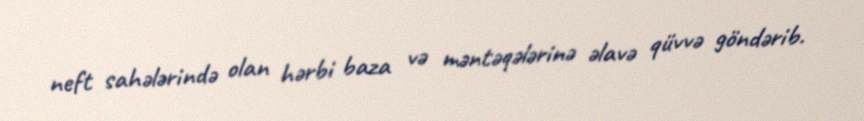
neft sahələrində olan hərbi baza və məntəqələrinə əlavə qüvvə göndərib.